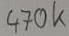
Text: 470K